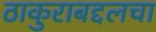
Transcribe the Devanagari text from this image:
ठाकुराबद्दलचा